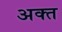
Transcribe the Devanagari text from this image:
अक्त